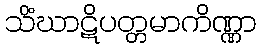
သိံဃာဋိပတ္တမာကိဏ္ဏာ